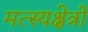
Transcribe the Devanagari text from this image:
मत्स्यक्षेत्रों